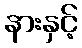
နားနှင့်